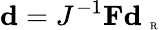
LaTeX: \textbf{d}=J^{-1}{\mathbf F}\textbf{d}_{\mathrm{~\tiny~R~}}